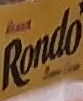
Rondo